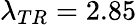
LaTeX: \lambda_{TR}=2.85